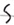
Text: S